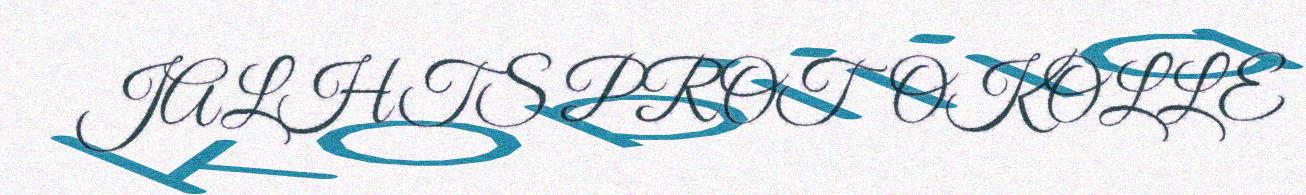
JALHTS PROTOKOLLE